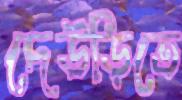
দেউড়িতে